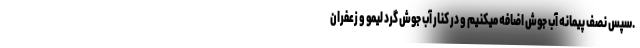
.سپس نصف پیمانه آب جوش اضافه میکنیم و در کنار آب جوش گرد لیمو و زعفران